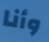
وأنا